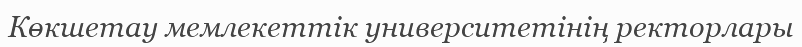
Көкшетау мемлекеттік университетінің ректорлары